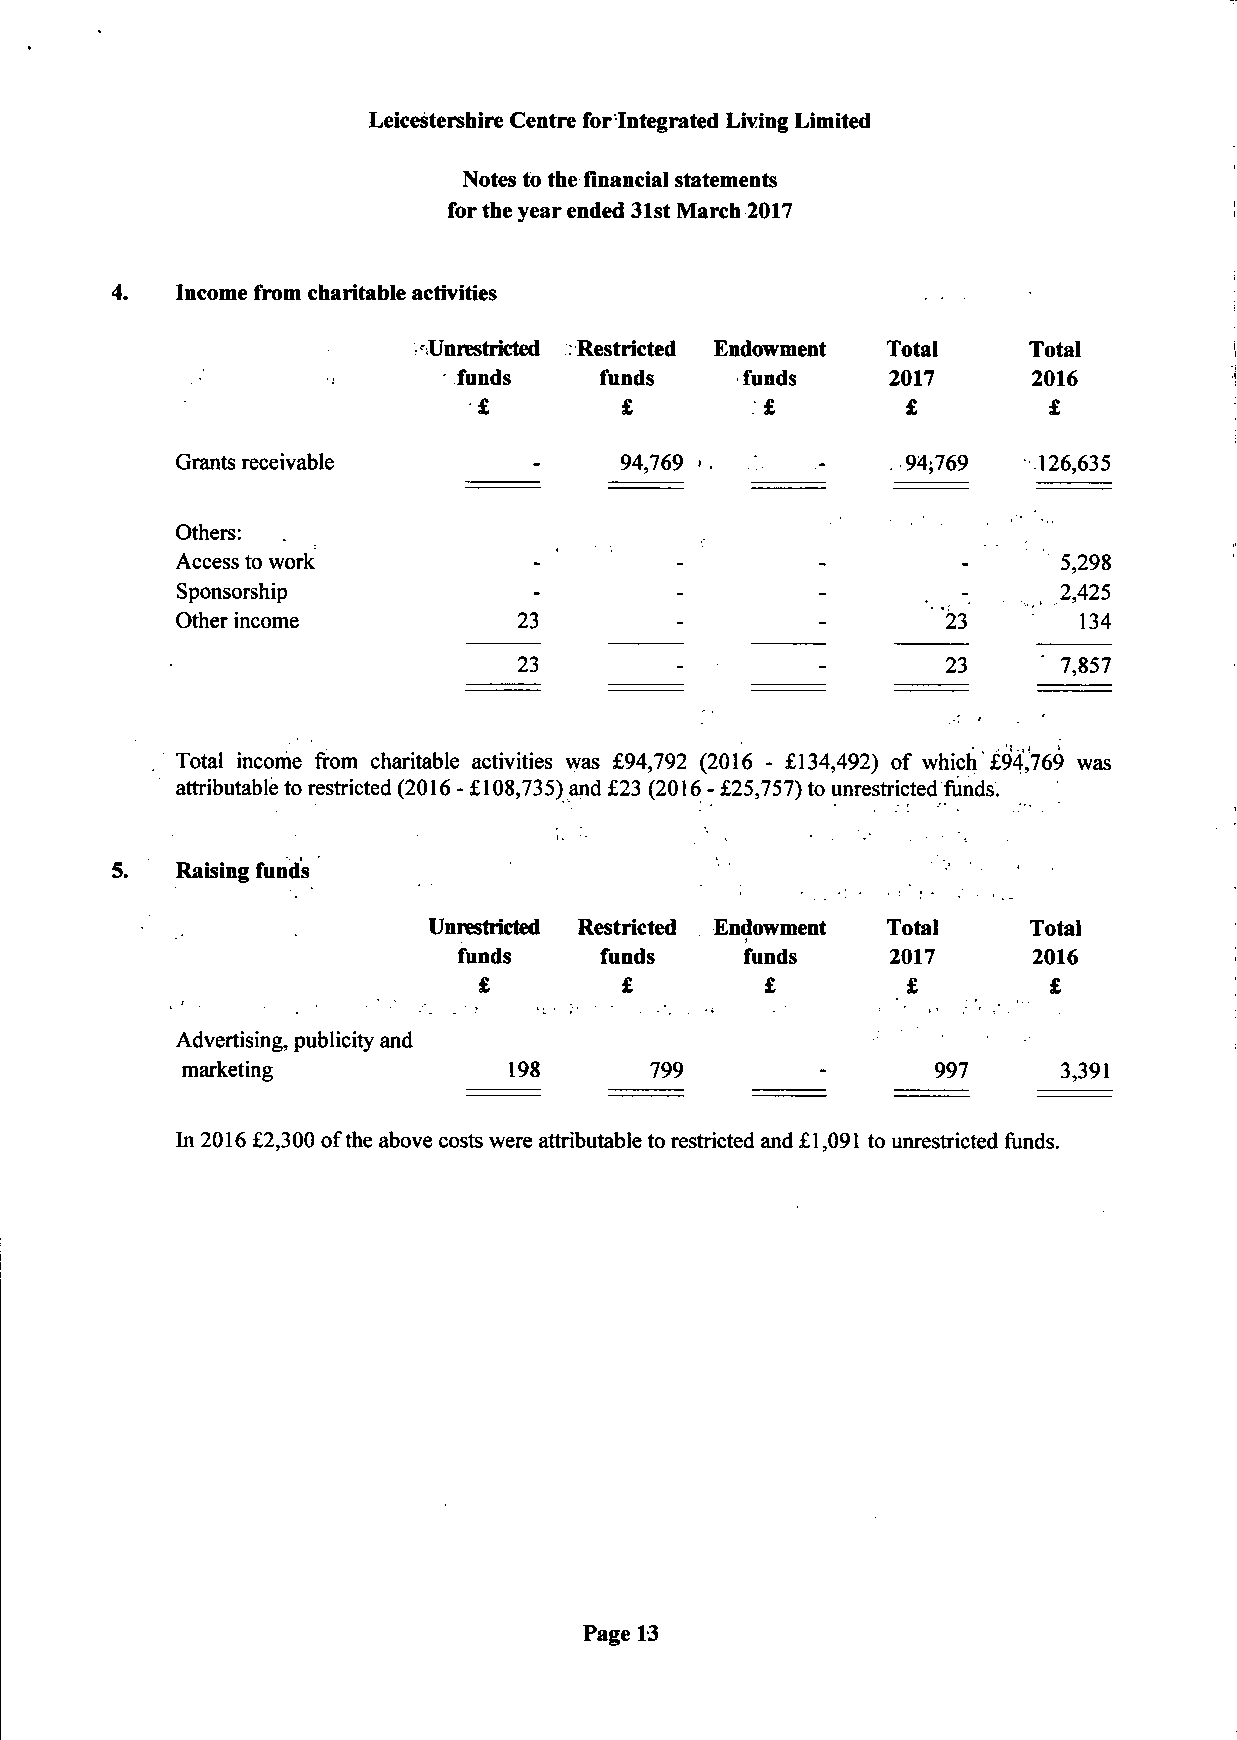
Leicestershire Centre for Integrated Living Limited
 Notes to the financial statements
 for the year ended 31st March 2017
 4.   Income from charitable activities
 Unrestricted .Restricted Endowment Total Total
 funds     funds    funds     2017      2016
 £        £         £        £        £
 Grants receivable      -     94,769'.     -     94;769   126,635
 Others:
 Access to work          -        -         -        -     5,298
 Sponsorship            -         -        -         -     2,425
 Other income          23         -        -        23       134
 23         -        -        23     7,857
 Total income from charitable activities was £94,792 (2016 - £134,492) of which £94,769 was
 attributable to restricted (2016 - £108,735) and £23 (2016 - £25,757) to unrestricted funds.
 Raising funds
 Unrestricted Restricted Endowment Total Total
 funds     funds    funds     2017      2016
 £        £         £        £        £
 Advertising, publicity and
 marketing             198      799         -      997      3,391
 In 2016 £2,300 of the above costs were attributable to restricted and £1,091 to unrestricted funds.
 Page 13